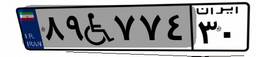
۸۹W۷۷۴۳۰